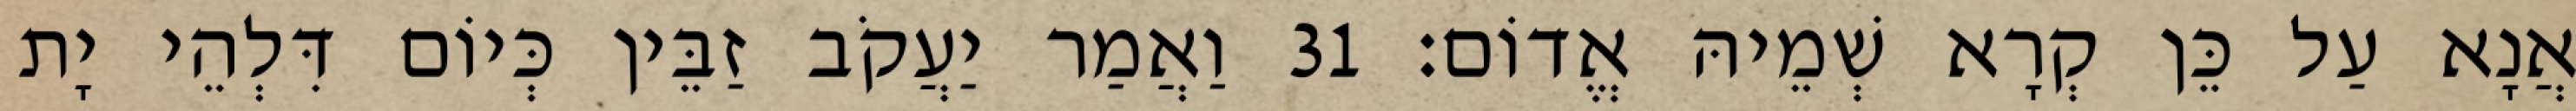
אֲנָא עַל כֵּן קְרָא שְׁמֵיהּ אֱדוֹם׃ 31 וַאֲמַר יַעֲקֹב זַבֵּין כְּיוֹם דִּלְהֵי יָת